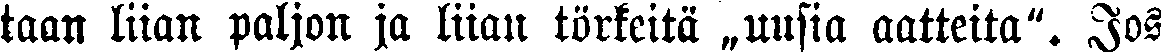
taan liian paljon ja liian törkeitä „uusia aatteita". Jos